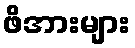
ဖိအားများ